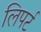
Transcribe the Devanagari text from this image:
लिपर्ट